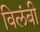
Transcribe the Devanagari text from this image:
विलंबी